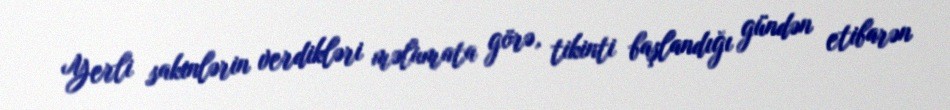
Yerli sakinlərin verdikləri məlumata görə, tikinti başlandığı gündən etibarən